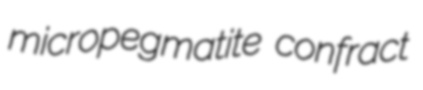
micropegmatite confract